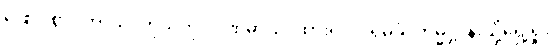
ဖြောင့်စွာ။ ကာယံ၊ ကိုယ်ကို။ ပဏိဓာယ၊ ထား၍။ ပရိမုခံ၊ ကမ္မဋ္ဌာန်းသို့ရှေ့ရှု။